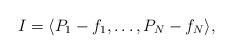
LaTeX: \begin{align*}I=\langle P_1-f_1,\ldots, P_N-f_N\rangle,\end{align*}